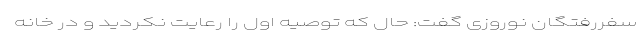
سفررفتگان نوروزی گفت: حال که توصیه اول را رعایت نکردید و در خانه